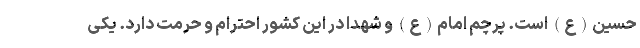
حسین(ع) است. پرچم امام(ع) و شهدا در این کشور احترام و حرمت دارد. یکی